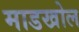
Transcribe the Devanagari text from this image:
माडखोल